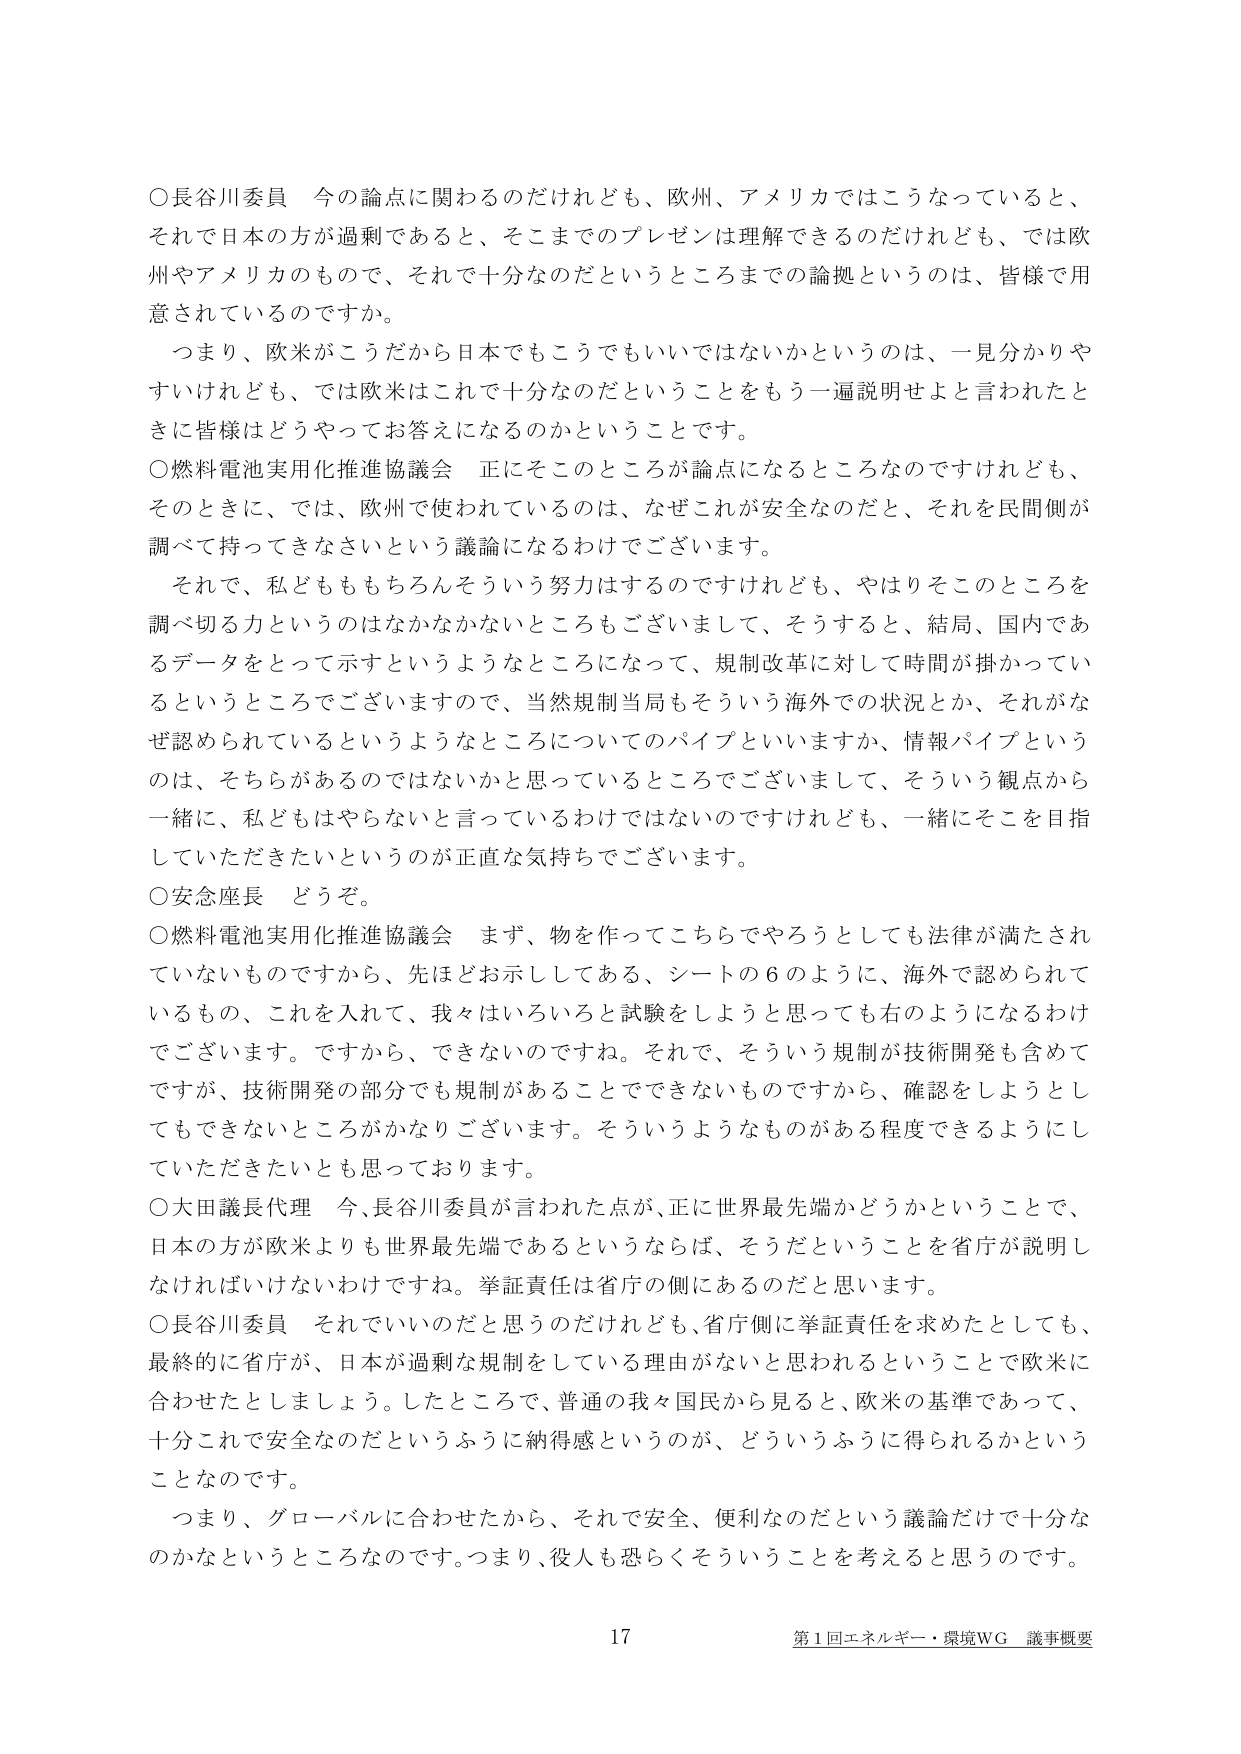
○長谷川委員　今の論点に関わるのだけれども、欧州、アメリカではこうなっていると、
それで日本の方が過剰であると、そこまでのプレゼンは理解できるのだけれども、では欧
州やアメリカのもので、それで十分なのだというところまでの論拠というのは、皆様で用
意されているのですか。

　つまり、欧米がこうだから日本でもこうでもいいではないかというのは、一見分かりや
すいけれども、では欧米はこれで十分なのだということをもう一遍説明せよと言われたと
きに皆様はどうやってお答えになるのかということです。

○燃料電池実用化推進協議会　正にそこのところが論点になるところなのですけれども、
そのときに、では、欧州で使われているのは、なぜこれが安全なのだと、それを民間側が
調べて持ってきなさいという議論になるわけでございます。

　それで、私どもももちろんそういう努力はするのですけれども、やはりそこのところを
調べ切る力というのはなかなかないところもございまして、そうすると、結局、国内であ
るデータをとって示すというようなところになって、規制改革に対して時間が掛かってい
るというところでございますので、当然規制当局もそういう海外での状況と、それがな
ぜ認められているというようなところについてのパイプといいますか、情報パイプという
のは、そちらがあるのではないかと思っているところでございまして、そういう観点から
一緒に、私どもはやらないと言っているわけではないのですけれども、一緒にそこを目指
していただきたいというのが正直な気持ちでございます。

○安念座長　どうぞ。

○燃料電池実用化推進協議会　まず、物を作ってこちらでやろうとしても法律が満たされ
ていないものですから、先ほどお示ししてある、シートの６のように、海外で認められて
いるもの、これを入れて、我々はいろいろと試験をしようと思っても右のようになるわけ
でございます。ですから、できないのですね。それで、そういう規制が技術開発も含めて
ですが、技術開発の部分でも規制があることでできないものですから、確認をしようとし
てもできないところがかなりございます。そういうようなものがある程度できるようにし
ていただきたいとも思っております。

○大田議長代理　今、長谷川委員が言われた点が、正に世界最先端かどうかということで、
日本の方が欧米よりも世界最先端であるというならば、そうだということを省庁が説明し
なければいけないわけですね。挙証責任は省庁の側にあるのだと思います。

○長谷川委員　それでいいのだと思うのだけれども、省庁側に挙証責任を求めたとしても、
最終的に省庁が、日本が過剰な規制をしている理由がないと思われるということで欧米に
合わせたとしましょう。したところで、普通の我々国民から見ると、欧米の基準であって、
十分これで安全なのだというふうに納得感というのが、どういうふうに得られるかという
ことなのです。

　つまり、グローバルに合わせたから、それで安全、便利なのだという議論だけで十分な
のかなというところなのです。つまり、役人も恐らくそういうことを考えると思うのです。

17
第1回エネルギー・環境WG 議事概要